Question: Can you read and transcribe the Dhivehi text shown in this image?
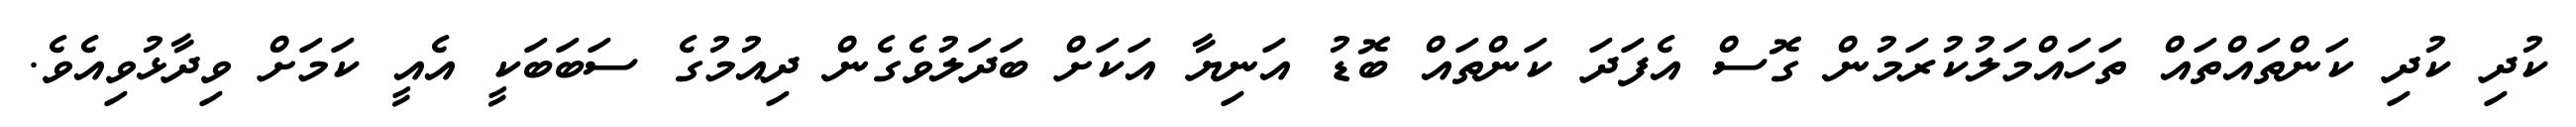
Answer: ކުދި ކުދި ކަންތައްތައް ތަހައްމަލުކުރަމުން ގޮސް އެފަދަ ކަންތައް ބޮޑު އަނިޔާ އަކަށް ބަދަލުވެގެން ދިއުމުގެ ސަބަބަކީ އެއީ ކަމަށް ވިދާޅުވިއެވެ.